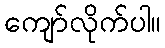
ကျော်လိုက်ပါ။